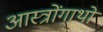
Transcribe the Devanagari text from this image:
आस्त्रोंगाथों